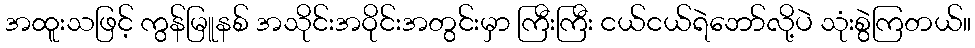
အထူးသဖြင့် ကွန်မြူနစ် အသိုင်းအဝိုင်းအတွင်းမှာ ကြီးကြီး ငယ်ငယ်ရဲဘော်လို့ပဲ သုံးစွဲကြတယ်။